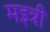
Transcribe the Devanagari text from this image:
मइत्री